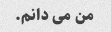
من می دانم.